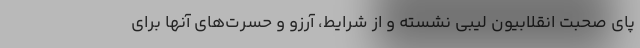
پای صحبت انقلابیون لیبی نشسته و از شرایط، آرزو و حسرت‌های آنها برای